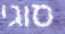
סוגי